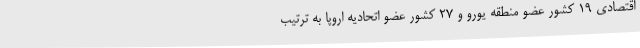
اقتصادی 19 کشور عضو منطقه یورو و 27 کشور عضو اتحادیه اروپا به ترتیب